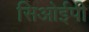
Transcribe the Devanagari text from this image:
सिओईपी